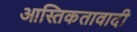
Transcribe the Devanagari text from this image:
आस्तिकतावादी